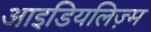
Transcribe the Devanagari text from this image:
आइडियलिज़्म